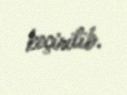
keçirilib.